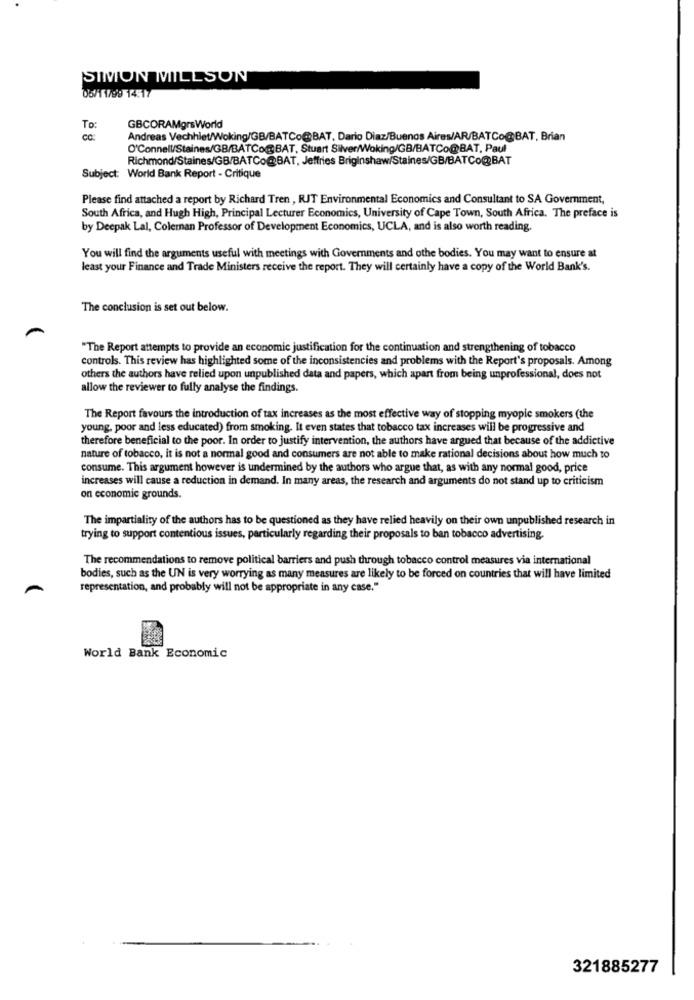
SIMON MILLSON
05/11799 14:17
To:
GBCORAMgrsWorld
cc:
Andreas Vechhlet/Woking/GB/BATCo@BAT, Dario Diaz/Buenos Aires/AR/BATCo@BAT, Brian
O'Connell/Staines/GB/BATCo@BAT, Stuart Silver/Woking/GB/BATCo@BAT, Paul
Richmond/Staines/GB/BATCo@BAT, Jeffries Briginshaw/Staines/GB/BATCo@BAT
Subject: World Bank Report - Critique
Please find attached a report by Richard Tren , RIT Environmental Economics and Consultant to SA Government,
South Africa, and Hugh High, Principal Lecturer Economics, University of Cape Town, South Africa. The preface is
by Deepak Lal, Coleman Professor of Development Economics, UCLA, and is also worth reading.
You will find the arguments useful with meetings with Governments and othe bodies. You may want to ensure at
least your Finance and Trade Ministers receive the report. They will certainly have a copy of the World Bank's.
The conclusion is set out below.
"The Report attempts to provide an economic justification for the continuation and strengthening of tobacco
controls. This review has highlighted some of the inconsistencies and problems with the Report's proposals. Among
others the authors have relied upon unpublished data and papers, which apart from being unprofessional, does not
allow the reviewer to fully analyse the findings.
The Report favours the introduction of tax increases as the most effective way of stopping myopic smokers (the
young, poor and less educated) from smoking. It even states that tobacco tax increases will be progressive and
therefore beneficial to the poor. In order to justify intervention, the authors have argued that because of the addictive
nature of tobacco, it is not a normal good and consumers are not able to make rational decisions about how much to
consume. This argument however is undermined by the authors who argue that, as with any normal good, price
increases will cause a reduction in demand. In many areas, the research and arguments do not stand up to criticism
on economic grounds.
The impartiality of the authors has to be questioned as they have relied heavily on their own unpublished research in
trying to support contentious issues, particularly regarding their proposals to ban tobacco advertising.
The recommendations to remove political barriers and push through tobacco control measures via international
bodies, such as the UN is very worrying as many measures are likely to be forced on countries that will have limited
representation, and probably will not be appropriate in any case."
World Bank Economic
321885277